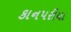
કાનપરીયા